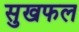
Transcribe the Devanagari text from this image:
सुखफल